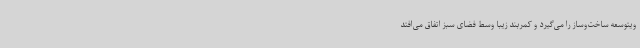
ویتوسعه ساخت‌وساز را می‌گیرد و کمربند زیبا وسط فضای سبز اتفاق می‌افتد